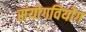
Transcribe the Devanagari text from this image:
संयोगवियोग